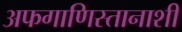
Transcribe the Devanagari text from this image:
अफगाणिस्तानाशी